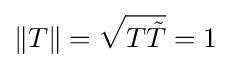
\|T\|={\sqrt {T{\tilde {T}}}}=1